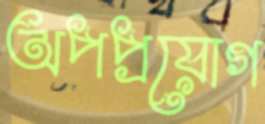
অপপ্রয়োগ